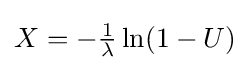
X=-{\tfrac {1}{\lambda }}\ln(1-U)